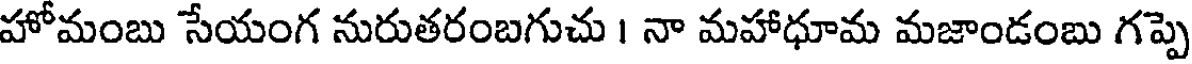
హోమంబు సేయంగ నురుతరంబగుచు । నా మహాధూమ మజాండంబు గప్పె